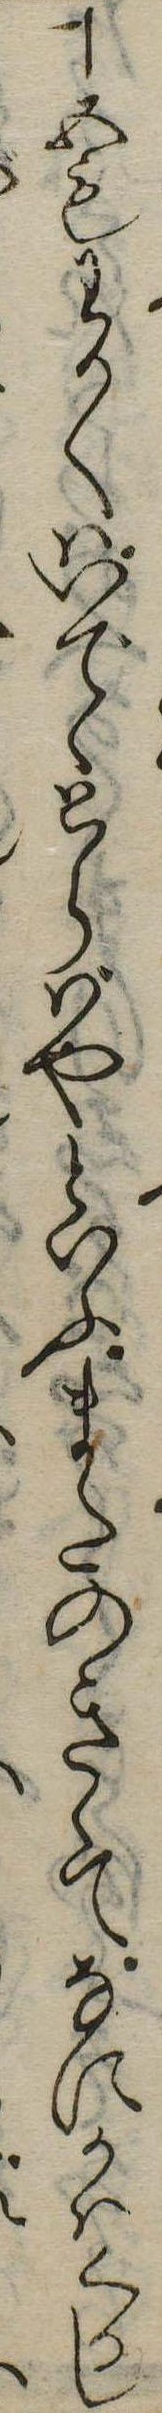
十五もわかくはいでゝとらばやといふまたのきゝてなにかはくるし